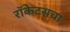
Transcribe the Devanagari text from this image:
रॉकेटसचा